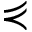
\curlyeqprec